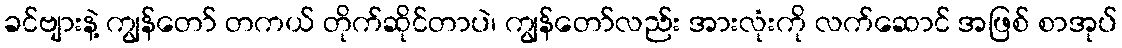
ခင်ဗျားနဲ့ ကျွန်တော် တကယ် တိုက်ဆိုင်တာပဲ၊ ကျွန်တော်လည်း အားလုံးကို လက်ဆောင် အဖြစ် စာအုပ်